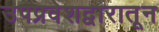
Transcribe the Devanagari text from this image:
उपप्रवेशद्वारातून